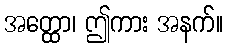
အတ္ထော၊ ဤကား အနက်။